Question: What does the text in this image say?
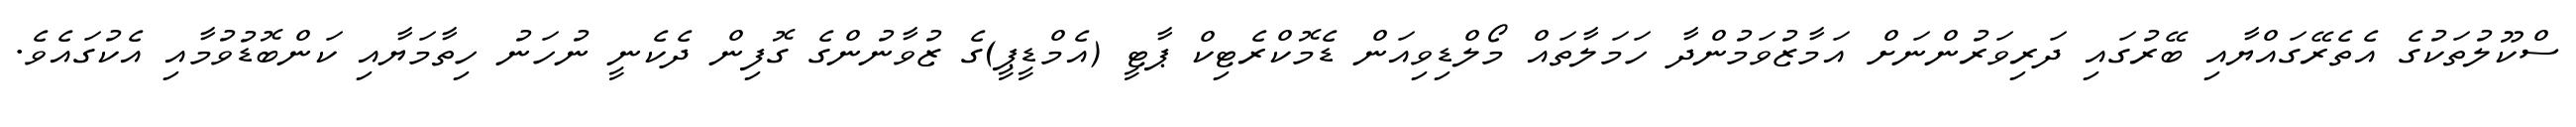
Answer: ސްކޫލުތަކުގެ އެތެރޭގައްޔާއި ބޭރުގައި ދަރިވަރުންނަށް އަމާޒުވަމުންދާ ހަމަލާތައް މޯލްޑިވިއަން ޑެމޮކްރެޓިކް ޕާޓީ (އެމްޑީޕީ)ގެ ޒުވާނުންގެ ގޮފިން ދެކެނީ ނުހަނު ހިތާމަޔާއި ކަންބޮޑުވުމާއި އެކުގައެވެ.